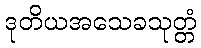
ဒုတိယအသေခသုတ္တံ